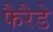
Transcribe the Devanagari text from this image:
फैरैडे